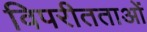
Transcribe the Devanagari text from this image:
विपरीतताओं